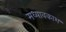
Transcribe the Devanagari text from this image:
मध्यावकाश